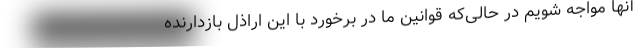
آنها مواجه شویم در حالی‌که قوانین ما در برخورد با این اراذل بازدارنده